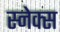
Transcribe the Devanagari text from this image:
स्नेक्स